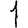
Digit: 1